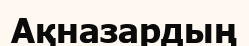
Ақназардың